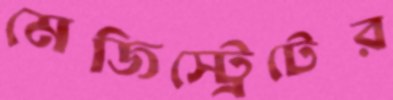
মেজিস্ট্রেটের